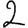
Digit: 2